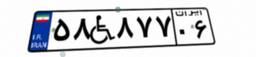
۴۰W۶۸۷۶۹